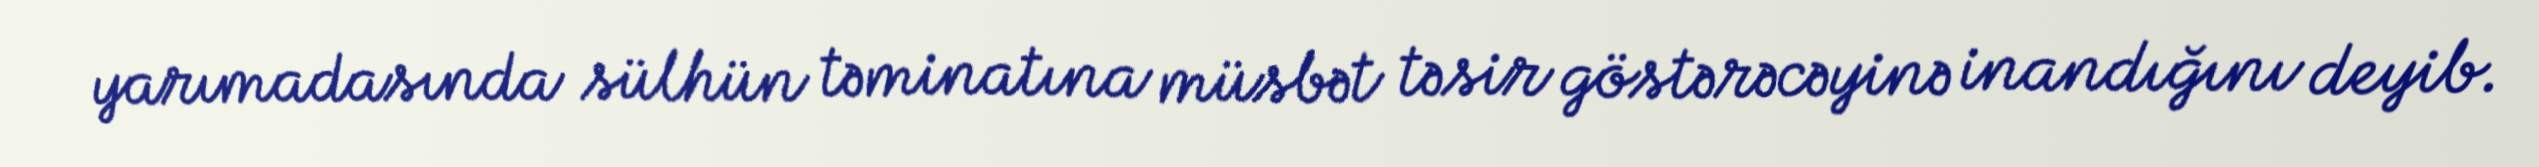
yarımadasında sülhün təminatına müsbət təsir göstərəcəyinə inandığını deyib.